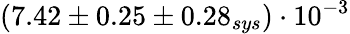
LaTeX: (7.42\pm 0.25\pm 0.28_{sys})\cdot 10^{-3}